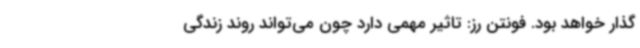
گذار خواهد بود. فونتن رز: تاثیر مهمی دارد چون می‌تواند روند زندگی